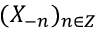
( X _ { - n } ) _ { n \in Z }